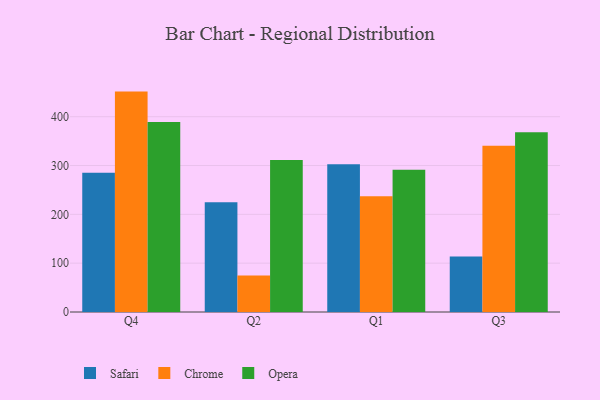
{"axis": {"x": "Quarter", "y": "Customer Acquisition Cost (USD)"}, "legend": ["Chrome", "Opera", "Safari"], "data": [{"x": "Q4", "y": 285.1, "type": "Safari"}, {"x": "Q4", "y": 451.4, "type": "Chrome"}, {"x": "Q4", "y": 388.9, "type": "Opera"}, {"x": "Q2", "y": 224.7, "type": "Safari"}, {"x": "Q2", "y": 75.0, "type": "Chrome"}, {"x": "Q2", "y": 311.2, "type": "Opera"}, {"x": "Q1", "y": 302.8, "type": "Safari"}, {"x": "Q1", "y": 237.1, "type": "Chrome"}, {"x": "Q1", "y": 291.4, "type": "Opera"}, {"x": "Q3", "y": 113.7, "type": "Safari"}, {"x": "Q3", "y": 340.3, "type": "Chrome"}, {"x": "Q3", "y": 368.2, "type": "Opera"}]}